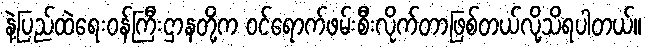
နဲ့ပြည်ထဲရေးဝန်ကြီးဌာနတို့က ဝင်ရောက်ဖမ်းစီးလိုက်တာဖြစ်တယ်လို့သိရပါတယ်။